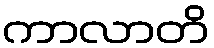
ကာလာတိ